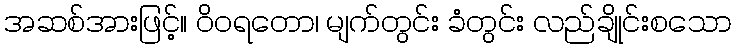
အဆစ်အားဖြင့်။ ဝိဝရတော၊ မျက်တွင်း ခံတွင်း လည်ချိုင်းစသော